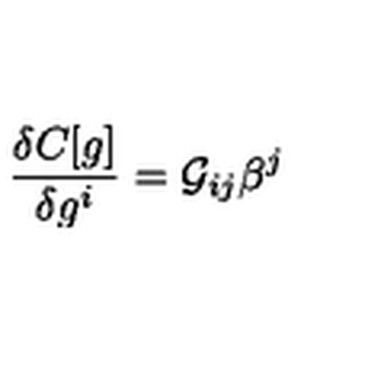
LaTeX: \frac { \delta C [ g ] } { \delta g ^ { i } } = { \cal G } _ { i j } \beta ^ { j }